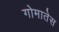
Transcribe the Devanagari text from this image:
गोमातेस